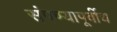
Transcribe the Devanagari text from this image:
संपण्यापूर्वीच